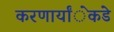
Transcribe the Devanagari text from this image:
करणार्यांेकडेे